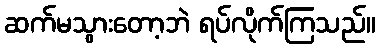
ဆက်မသွားတော့ဘဲ ရပ်လိုက်ကြသည်။